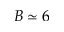
B \simeq 6